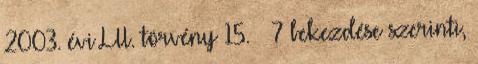
2003. évi LII. törvény 15. § 7 bekezdése szerinti,